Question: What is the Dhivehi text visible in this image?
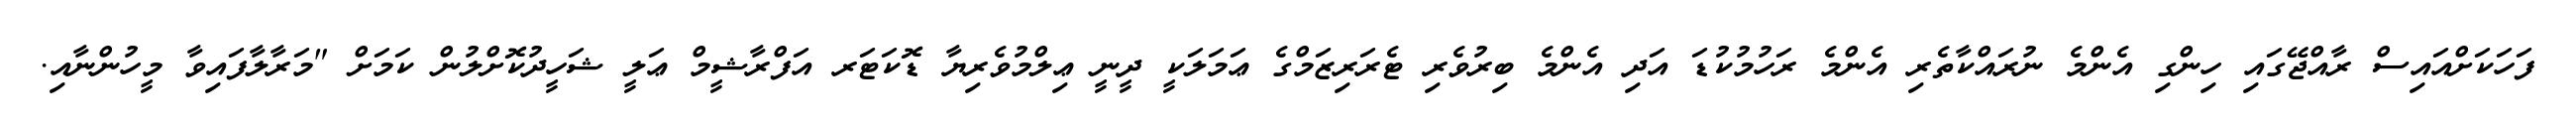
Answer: ފަހަކަށްއައިސް ރާއްޖޭގައި ހިންގި އެންމެ ނުރައްކާތެރި އެންމެ ރަހުމުކުޑަ އަދި އެންމެ ބިރުވެރި ޓެރަރިޒަމްގެ ޢަމަލަކީ ދީނީ ޢިލްމުވެރިޔާ ޑޮކަޓަރ އަފްރާޝީމް ޢަލީ ޝަހީދުކޮށްލުން ކަމަށް "މަރާލާފައިވާ މީހުންނާއި.